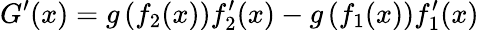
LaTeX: G^{\prime}(x)=g\left(f_{2}(x)\right){f_{2}^{\prime}(x)}-g\left(f_{1}(x)\right){f_{1}^{\prime}(x)}